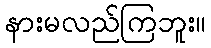
နားမလည်ကြဘူး။